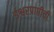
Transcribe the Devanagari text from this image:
ईश्वरप्राप्तीची